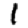
Digit: 1